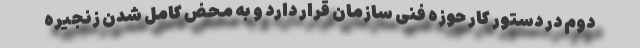
دوم در دستور کار حوزه فنی سازمان قرار دارد و به محض کامل شدن زنجیره